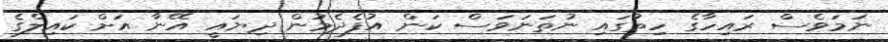
ނަމަވެސް ރައިހާގެ ހިތުގައި ނުތަނަވަސް ކަން އުފެދެމުން ދިޔައީ އޭނާ އަށް ކައިލްގެ